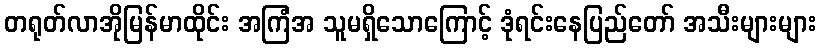
တရုတ်လာအိုမြန်မာထိုင်း အကြံအ သူမရှိသောကြောင့် ဒုံရင်းနေပြည်တော် အသီးများများ